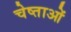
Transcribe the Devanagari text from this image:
चेष्ताओं